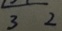
3 2